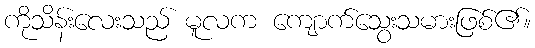
ကိုသိန်းလေးသည် မူလက ကျောက်သွေးသမားဖြစ်၏။